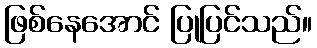
ဖြစ်နေအောင် ပြုပြင်သည်။